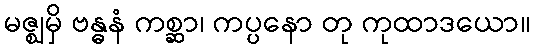
မဇ္ဈမှိ ဗန္ဓနံ ကစ္ဆာ၊ ကပ္ပနော တု ကုထာဒယော။